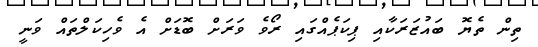
ތިން ތެޔޮ ބައުޒަރަކާއި ޕިކަޕެއްގައި ރޯވެ ވަރަށް ބޮޑަށް އެ ވެހިކަލްތައް ވަނީ